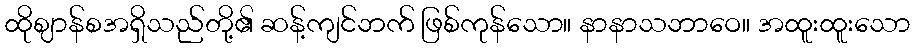
ထိုဈာန်စအရှိသည်တို့၏ ဆန့်ကျင်ဘက် ဖြစ်ကုန်သော။ နာနာသဘာဝေ။ အထူးထူးသော